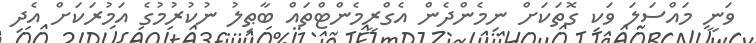
ވަނީ މައްސަލަ ވަކި ގޮތަކަށް ނިމެންދެން އެގްރީމެންޓްތައް ބާޠިލު ނުކުރުމުގެ އަމުރަކަށް އެދި